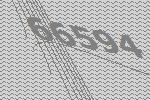
66594